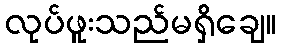
လုပ်ဖူးသည်မရှိချေ။